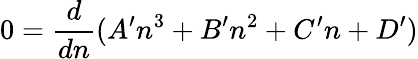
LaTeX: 0=\frac{d}{dn}(A^{\prime}n^{3}+B^{\prime}n^{2}+C^{\prime}n+D^{\prime})